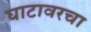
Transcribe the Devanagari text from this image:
घाटावरचा